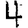
Digit: 4